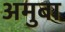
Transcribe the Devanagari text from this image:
अमुबा